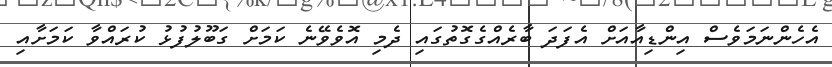
އެހެންނަމަވެސް އިންޑިއާއަށް އެފަދަ ބާރެއްގެގޮތުގައި ދެމި އޮވެވޭނެ ކަމަށް ގަބޫލުފުޅު ކުރައްވާ ކަމަށާއި